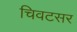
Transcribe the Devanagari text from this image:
चिवटसर